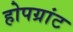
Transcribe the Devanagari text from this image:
होपग्रांट